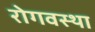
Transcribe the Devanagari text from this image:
रोगवस्था